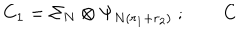
\mathrm { C } _ { 1 } = \Sigma _ { N } \otimes \Psi _ { N ( r _ { 1 } + r _ { 2 } ) } \ ; \qquad \mathrm { C }